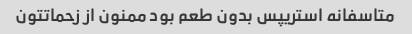
متاسفانه استریپس بدون طعم بود ممنون از زحماتتون